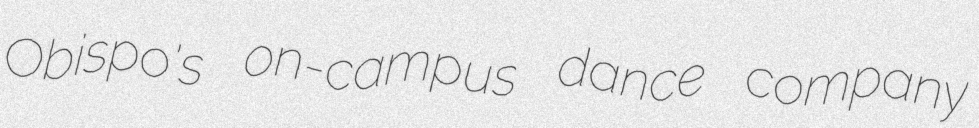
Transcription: Obispo's on-campus dance company